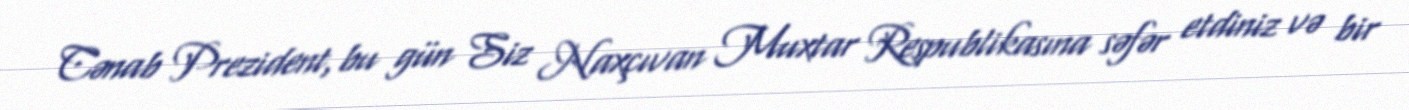
Cənab Prezident, bu gün Siz Naxçıvan Muxtar Respublikasına səfər etdiniz və bir